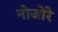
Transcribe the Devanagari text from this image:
नोजोरे